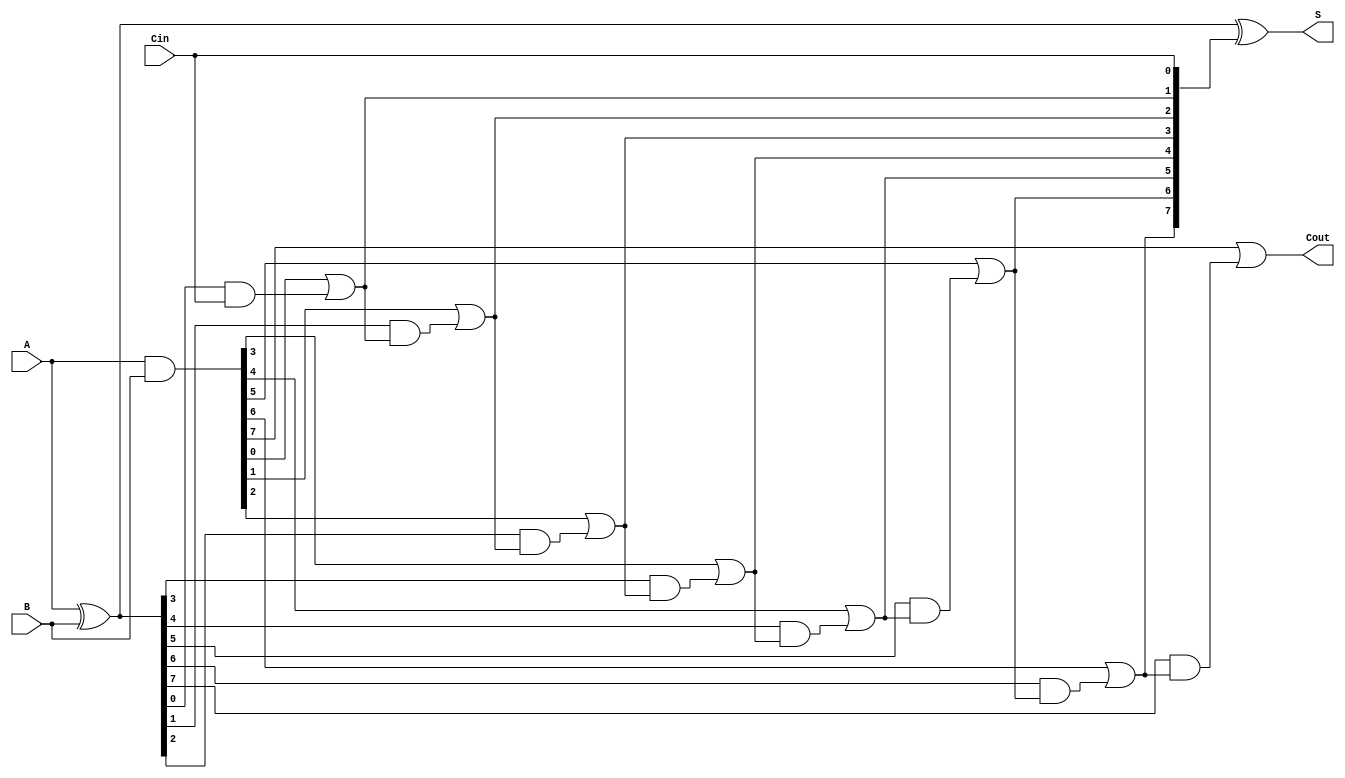
module SklanskyAdder #(parameter WIDTH = 8) (
    input [WIDTH-1:0] A,      // First binary number
    input [WIDTH-1:0] B,      // Second binary number
    input Cin,                 // Carry-in
    output [WIDTH-1:0] S,      // Sum output
    output Cout                // Carry-out
);

    // Generate and Propagate signals
    wire [WIDTH-1:0] G; // Generate signals
    wire [WIDTH-1:0] P; // Propagate signals
    wire [WIDTH:0] C;   // Carry signals

    // Generate and Propagate calculations
    assign G = A & B;          // G[i] = A[i] & B[i]
    assign P = A ^ B;          // P[i] = A[i] ^ B[i]

    // Carry calculations
    assign C[0] = Cin; // C[0] = Cin

    genvar i;
    generate
        for (i = 1; i <= WIDTH; i = i + 1) begin : carry_generation
            assign C[i] = G[i-1] | (P[i-1] & C[i-1]); // C[i] = G[i-1] + (P[i-1] * C[i-1])
        end
    endgenerate

    // Sum calculations
    assign S = P ^ C[WIDTH-1:0]; // S[i] = P[i] ^ C[i-1]

    // Carry-out
    assign Cout = C[WIDTH]; // Cout = C[WIDTH]

endmodule